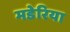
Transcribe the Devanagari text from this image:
मडेरिया